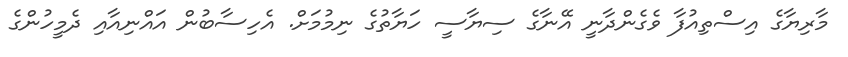
މާރިޔާގެ އިސްތިއުފާ ވެގެންދާނީ އޭނާގެ ސިޔާސީ ހަޔާތުގެ ނިމުމަށް. އެހިސާބުން އައްނިއާއި ދެމީހުންގެ